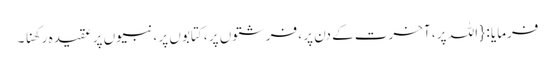
فرمایا : { اللہ پر ، آخرت کے دن پر ، فرشتوں پر ، کتابوں پر ، نبیوں پر عقیدہ رکھنا ۔